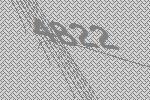
4822